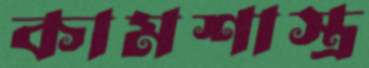
কামশাস্ত্র